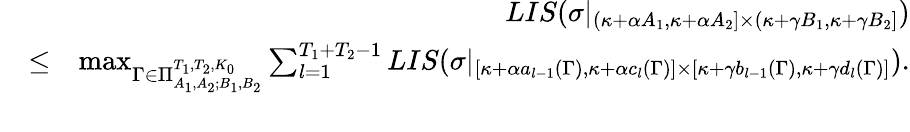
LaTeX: \begin{array}{rlr}&{}&{LIS(\sigma|_{(\kappa+\alpha A_{1},\kappa+\alpha A_{2}]\times(\kappa+\gamma B_{1},\kappa+\gamma B_{2}]})}\\ &{\leq}&{\operatorname*{max}_{\Gamma\in\Pi_{A_{1},A_{2};B_{1},B_{2}}^{T_{1},T_{2},K_{0}}}\sum_{l=1}^{T_{1}+T_{2}-1}LIS(\sigma|_{[\kappa+\alpha a_{l-1}(\Gamma),\kappa+\alpha c_{l}(\Gamma)]\times[\kappa+\gamma b_{l-1}(\Gamma),\kappa+\gamma d_{l}(\Gamma)]}).}\\ &{}&\end{array}